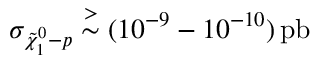
\sigma _ { \tilde { \chi } _ { 1 } ^ { 0 } - p } \stackrel { > } { \sim } ( 1 0 ^ { - 9 } - 1 0 ^ { - 1 0 } ) \, \mathrm { p b }